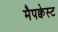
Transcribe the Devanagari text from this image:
मैपक्वेस्ट